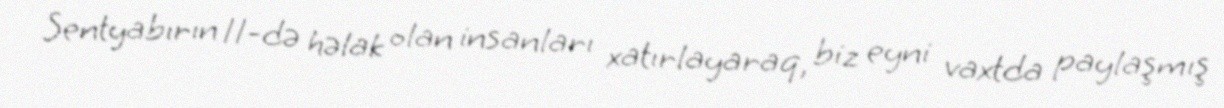
Sentyabırın 11-də həlak olan insanları xatırlayaraq, biz eyni vaxtda paylaşmış